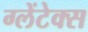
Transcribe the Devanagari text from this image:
ग्लेंटेक्स